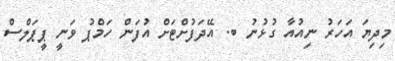
މިދިޔަ އަހަރު ނިއުއާ ގުޅުނު ބ. އޭދަފުށްޓަށް އުފަން ހަމްޕު ވަނީ ޕީޕަލްސް